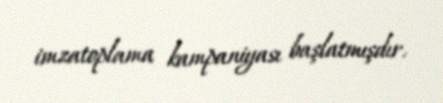
imzatoplama kampaniyası başlatmışdır.